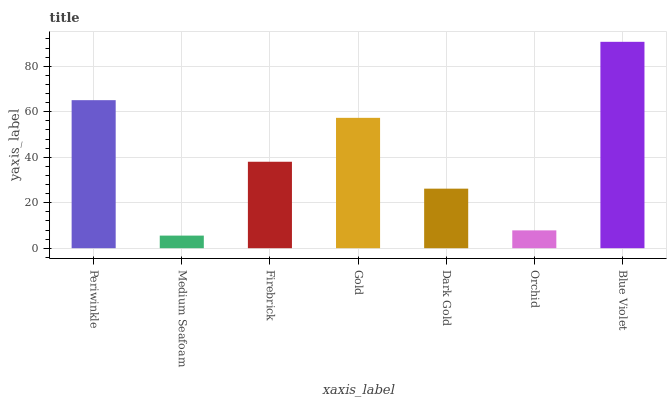
| xaxis_label | bars |
 | --- | --- |
 | Periwinkle | 65.1 |
 | Medium Seafoam | 5.54 |
 | Firebrick | 38 |
 | Gold | 57.3 |
 | Dark Gold | 26.2 |
 | Orchid | 7.84 |
 | Blue Violet | 90.7 |